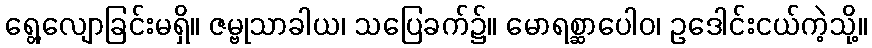
ရွေ့လျောခြင်းမရှိ။ ဇမ္ဗုသာခါယ၊ သပြေခက်၌။ မောရစ္ဆာပေါဝ၊ ဥဒေါင်းငယ်ကဲ့သို့။